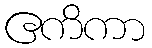
ဧကိကာ